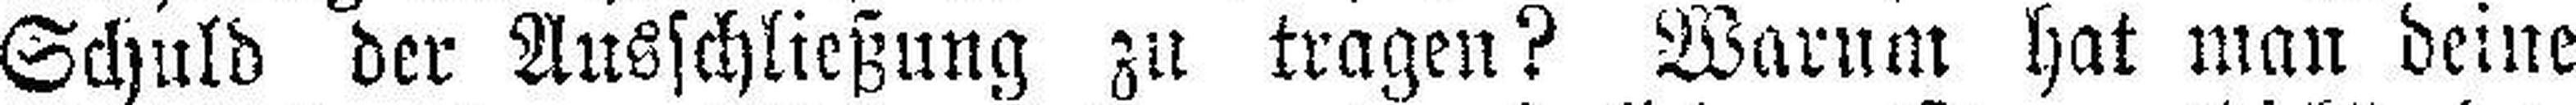
Schuld der Ausschließung zu tragen? Warum hat man deine